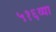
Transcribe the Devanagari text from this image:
५१६व्या